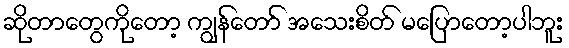
ဆိုတာတွေကိုတော့ ကျွန်တော် အသေးစိတ် မပြောတော့ပါဘူး